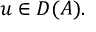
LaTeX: u \in D ( A ) .